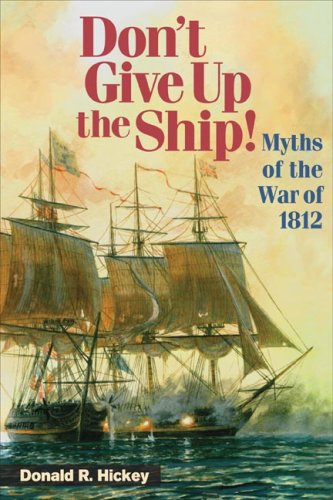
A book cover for Don't Give Up the Ship!: Myths of the War of 1812; Donald R. Hickey; History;